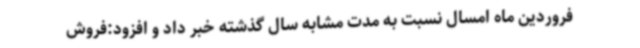
فروردین ماه امسال نسبت به مدت مشابه سال گذشته خبر داد و افزود:فروش